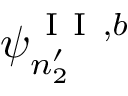
\psi _ { n _ { 2 } ^ { \prime } } ^ { \mathrm { ~ I ~ I ~ } , b }